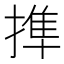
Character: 𢲜